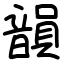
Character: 韻